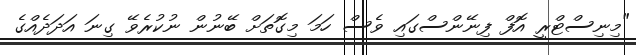
"މިނިސްޓްރީ އޮފް ފިނޭންސްގައި ވެސް ހަމަ މިގޮތަށް ބޭނުން ނުކުރެވޭ ގިނަ އަދަދެއްގެ